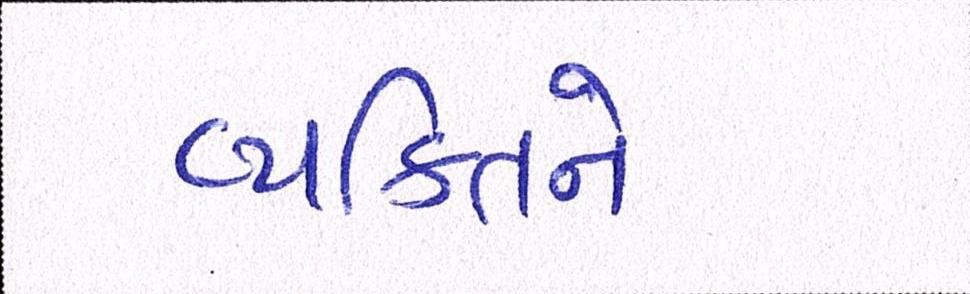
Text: વ્યકિતને